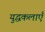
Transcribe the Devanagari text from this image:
युद्धकलाएँ